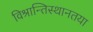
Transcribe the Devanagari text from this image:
विश्रान्तिस्थानतया